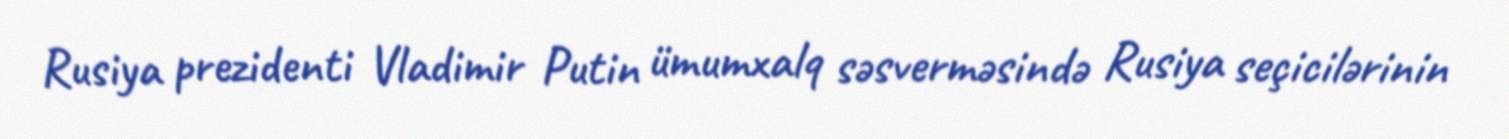
Rusiya prezidenti Vladimir Putin ümumxalq səsverməsində Rusiya seçicilərinin